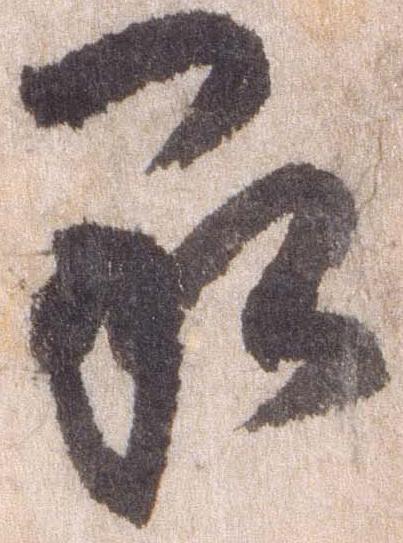
承